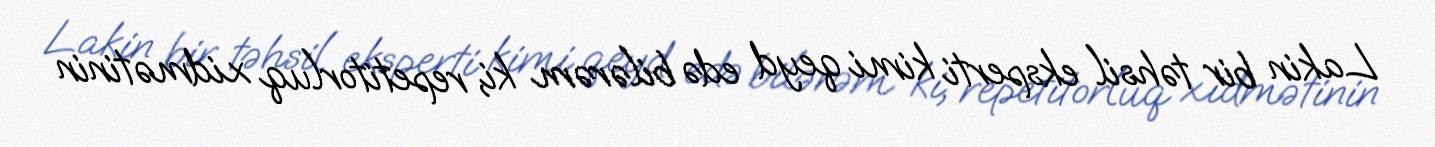
Lakin bir təhsil eksperti kimi qeyd edə bilərəm ki, repetitorluq xidmətinin